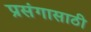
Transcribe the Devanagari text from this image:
प्रसंगासाठी